Lunatic asylums in Bengal annual reports 1888-1898 - 1888-1898
Year: 1888
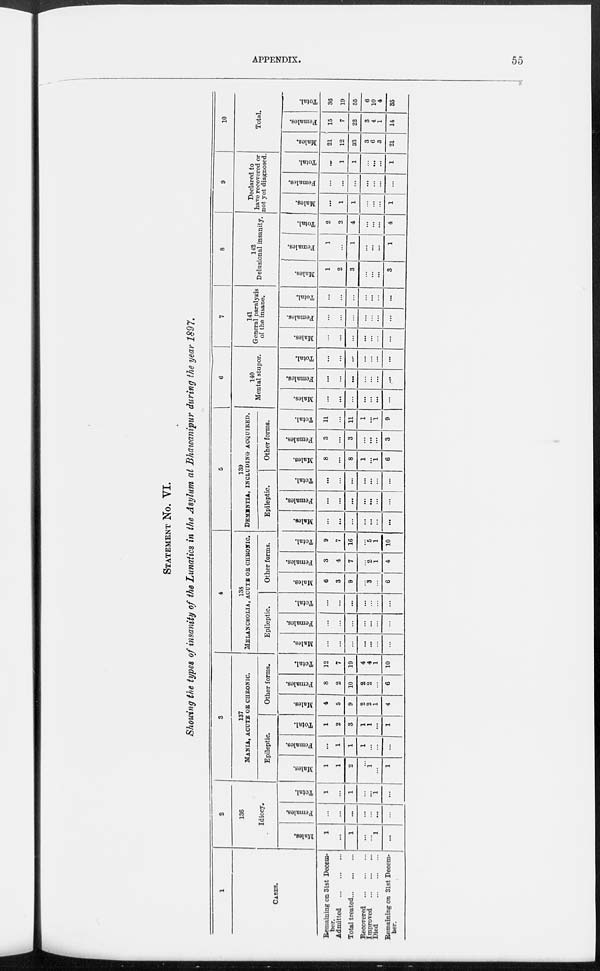
APPENDIX.
55
STATEMENT No. VI.
Showing the types of insanity of the Lunatics in the Asylum at Bhawanipur during the year 1897.
1
CASES.
Remaining on 31st Decem-
ber.
Admitted
...
...
...
Total treated ... ... ...
Recovered
...
...
...
Improved
...
...
...
Died
...
...
...
Remaining on 31st Decem-
ber.
2
136
Idiocy.
Males.
1
...
1
...
...
1
...
Females.
...
...
...
...
...
...
...
Total.
1
...
1
...
...
1
...
3
137
MANIA, ACUTE OR CHRONIC.
Epileptic.
Males.
1
1
2
...
1
...
1
Females.
...
1
1
1
...
...
...
Total.
1
2
3
1
1
...
1
Other forms.
Males.
4
5
9
2
2
1
4
Females.
8
2
10
2
2
...
6
Total.
12
7
19
4
4
1
10
4
138
MELANCHOLIA, ACUTE OR CHRONIC.
Epileptic.
Males.
...
...
...
...
...
...
...
Females.
...
...
...
...
...
...
...
Total.
...
...
...
...
...
...
...
Other forms.
Males.
6
3
9
...
3
...
6
Females.
3
4
7
...
2
1
4
Total.
9
7
16
...
5
1
10
5
139
DEMENTIA, INCLUDING ACQUIRED..
Epileptic.
Males.
...
...
...
...
...
...
...
Females.
...
...
...
...
...
...
...
Total.
...
...
...
...
...
...
...
Other forms.
Males.
8
...
8
1
...
1
6
Females.
3
...
3
...
...
...
3
Total.
11
...
11
1
...
1
9
6
140
Mental stupor.
Males.
...
...
...
...
...
...
...
Females.
...
...
...
...
...
...
...
Total.
...
...
...
...
...
...
...
7
141
General paralysis
of the insane.
Males.
...
...
...
...
...
...
...
Females.
...
...
...
...
...
...
...
Total.
...
...
...
...
...
...
...
8
142
Delusional insanity.
Males.
1
2
3
...
...
...
3
Females.
1
...
1
...
...
...
1
Total.
2
2
4
...
...
...
4
9
Declared to
have recovered or
not yet diagnosed.
Males.
...
1
1
...
...
...
1
Females.
...
...
...
...
...
...
...
Total.
...
1
1
...
...
...
1
10
Total.
Males.
21
12
33
3
6
3
21
Females.
15
7
22
3
4
1
14
Total.
36
19
55
6
10
4
35